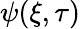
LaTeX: \psi(\xi,\tau)